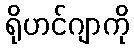
ရိုဟင်ဂျာကို